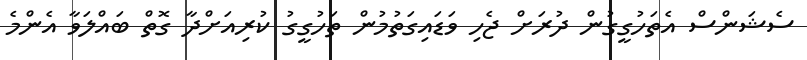
ސެޝަންސް އެތަހުގީގުން ދުރަށް ޖެހި ވަޑައިގަތުމުން ތަހުގީގު ކުރިއަށްދާ ގޮތް ބައްލަވާ އެންމެ